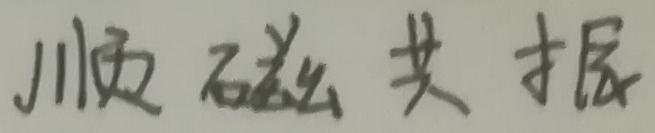
顺磁共振